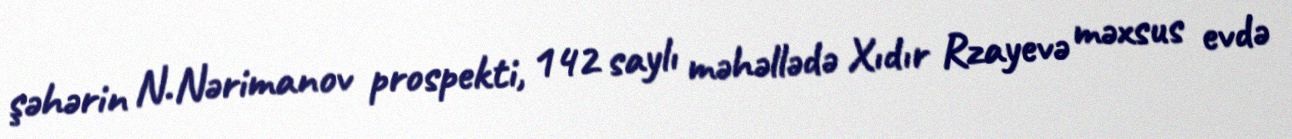
şəhərin N.Nərimanov prospekti, 142 saylı məhəllədə Xıdır Rzayevə məxsus evdə